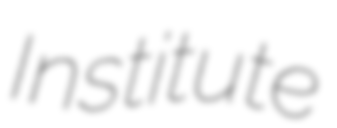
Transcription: Institute